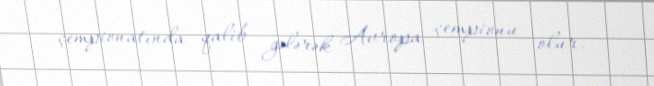
çempionatında qalib gələrək Avropa çempionu olur.